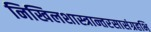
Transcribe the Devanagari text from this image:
निखिलशास्त्रान्तरसासंग्रहभि